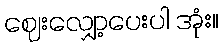
ဈေးလျှော့ပေးပါ အုံး။